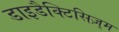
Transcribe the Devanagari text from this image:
डाइडैक्टिसिज़्म